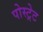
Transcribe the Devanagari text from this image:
पोस्ट्रेट